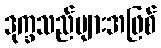
ဒုက္ခသည်များအဖြစ်